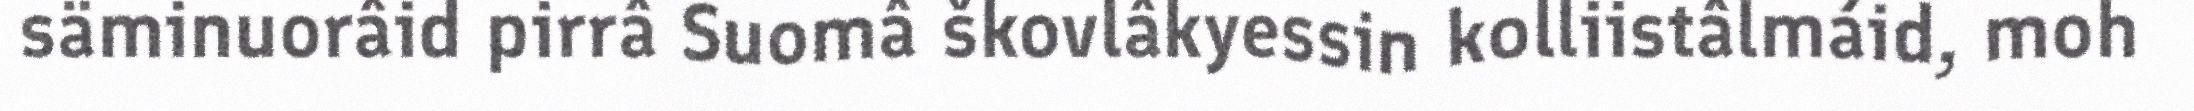
säminuorâid pirrâ Suomâ škovlâkyessin kolliistâlmáid, moh